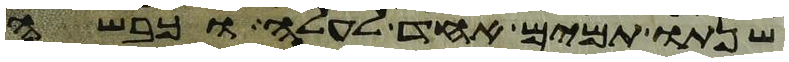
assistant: שנתו תמים אחד לעלה וכבשה